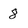
Character: 8